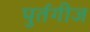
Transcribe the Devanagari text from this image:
पुर्तगीज